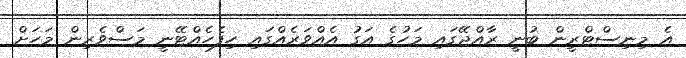
އެ މިނިސްޓްރީން ބުނީ ރާއްޖޭގައި މަހުގެ އަގު އެއްވަރެއްގައި ހިފެހެއްޓޭނީ މަސްވެރިން މަހަށް